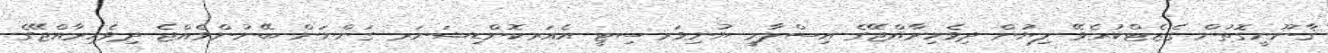
ޤާނޫނީގޮތުން ގެޒެޓްކުރެވޭ ލިޔުން ދިވެހިރާއްޖޭގެ އިސްލާމީ ޔުނިވަރސިޓީ އެއަރކޮންޑިޝަނަރ ގަންނަން ބޭނުންވެއްޖެ ދިވެހިރާއްޖޭގެ